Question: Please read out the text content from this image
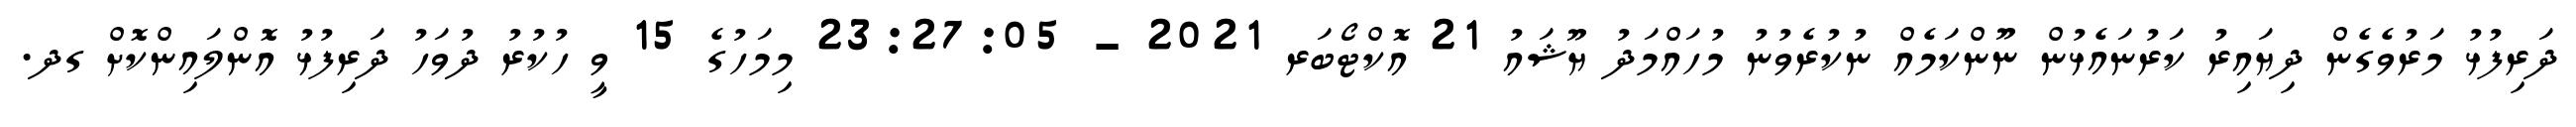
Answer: ދަރިފުޅު މަރުވެގެން ދިޔައިރު ކަރުނައެޅުން ނޫންކަމެއް ނުކުރެވުނު މުހައްމަދު ޔޫޝައު 21 އޮކްޓޯބަރ 2021 - 23:27:05 މިމަހުގެ 15 ވީ ހުކުރު ދުވަހު ދަރިފުޅު އޮންލައިންކޮށް ގދ.